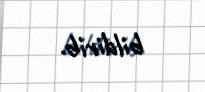
bildirib.